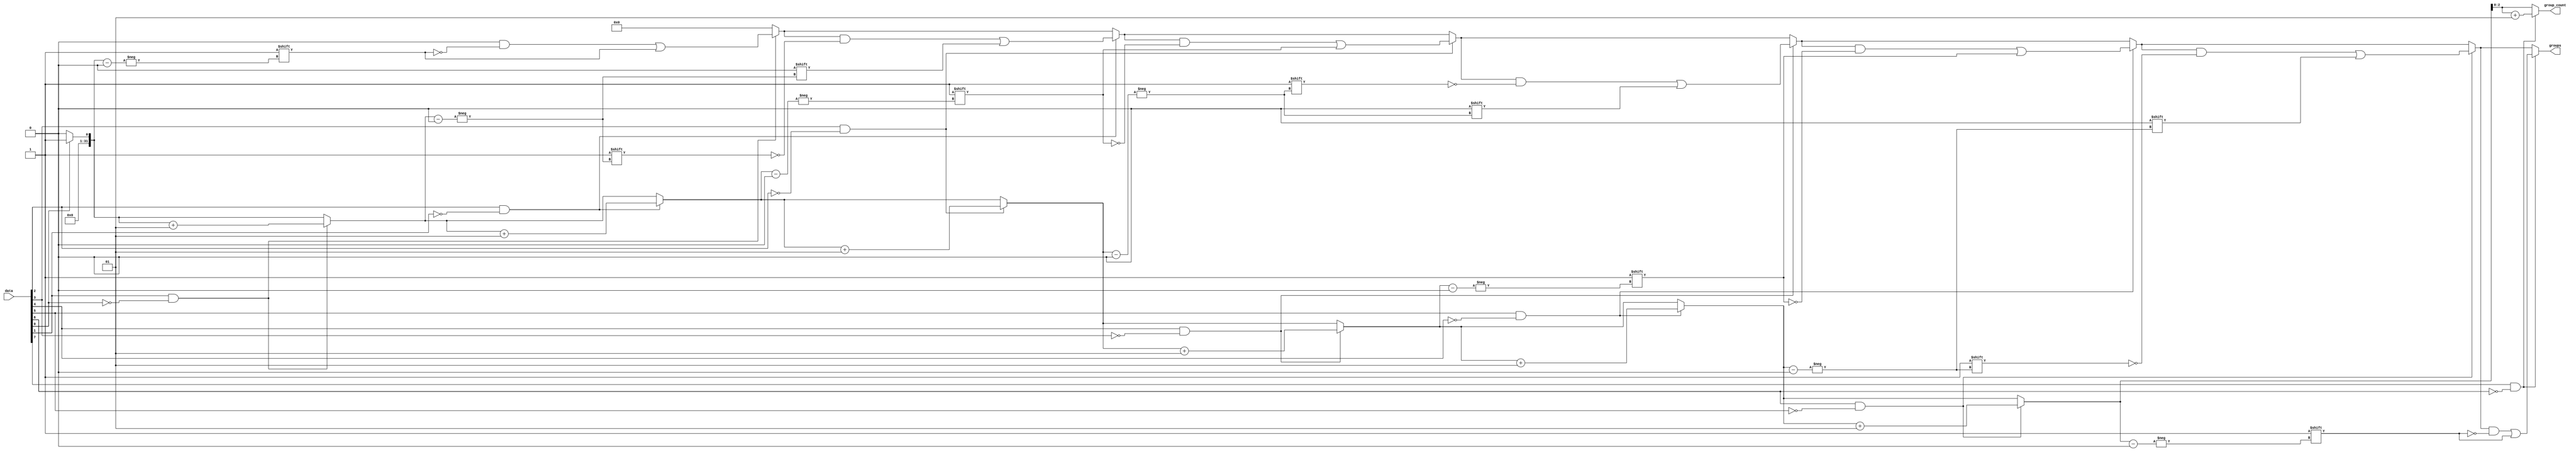
module GroupingOfOnes #(
    parameter N = 8,              // Width of the input data
    parameter M = N               // Maximum groups (can be adjusted if needed)
)(
    input  [N-1:0] data,         // Input binary vector
    output reg [M-1:0] groups,    // Output vector for groups
    output reg [clog2(M)-1:0] group_count // Count of groups
);

    // Function to calculate log2
    function integer clog2;
        input integer value;
        begin
            value = value - 1;
            for (clog2 = 0; value > 0; clog2 = clog2 + 1)
                value = value >> 1;
        end
    endfunction

    integer i;
    integer count;
    
    always @(*) begin
        // Initialize output values
        groups = 0;
        group_count = 0;
        count = 0;

        // Iterate through input data
        for (i = 0; i < N; i = i + 1) begin
            // Check for the start of a new group
            if (data[i] == 1 && (i == 0 || data[i-1] == 0)) begin
                // Mark the starting index of the group
                groups[count] = i;
                count = count + 1;
            end
        end

        // Assign group_count
        group_count = count;
    end

endmodule